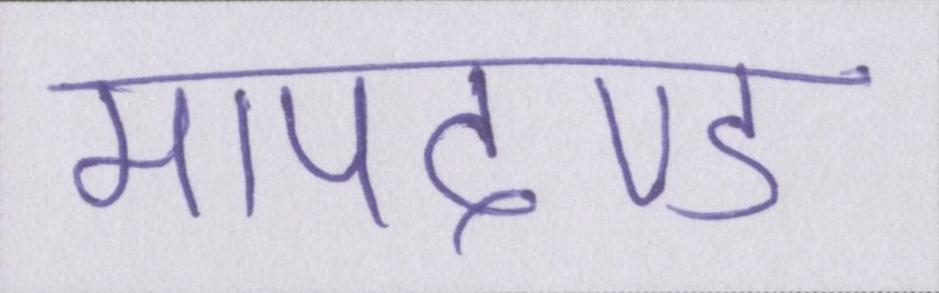
मापदण्ड